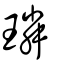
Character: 璘